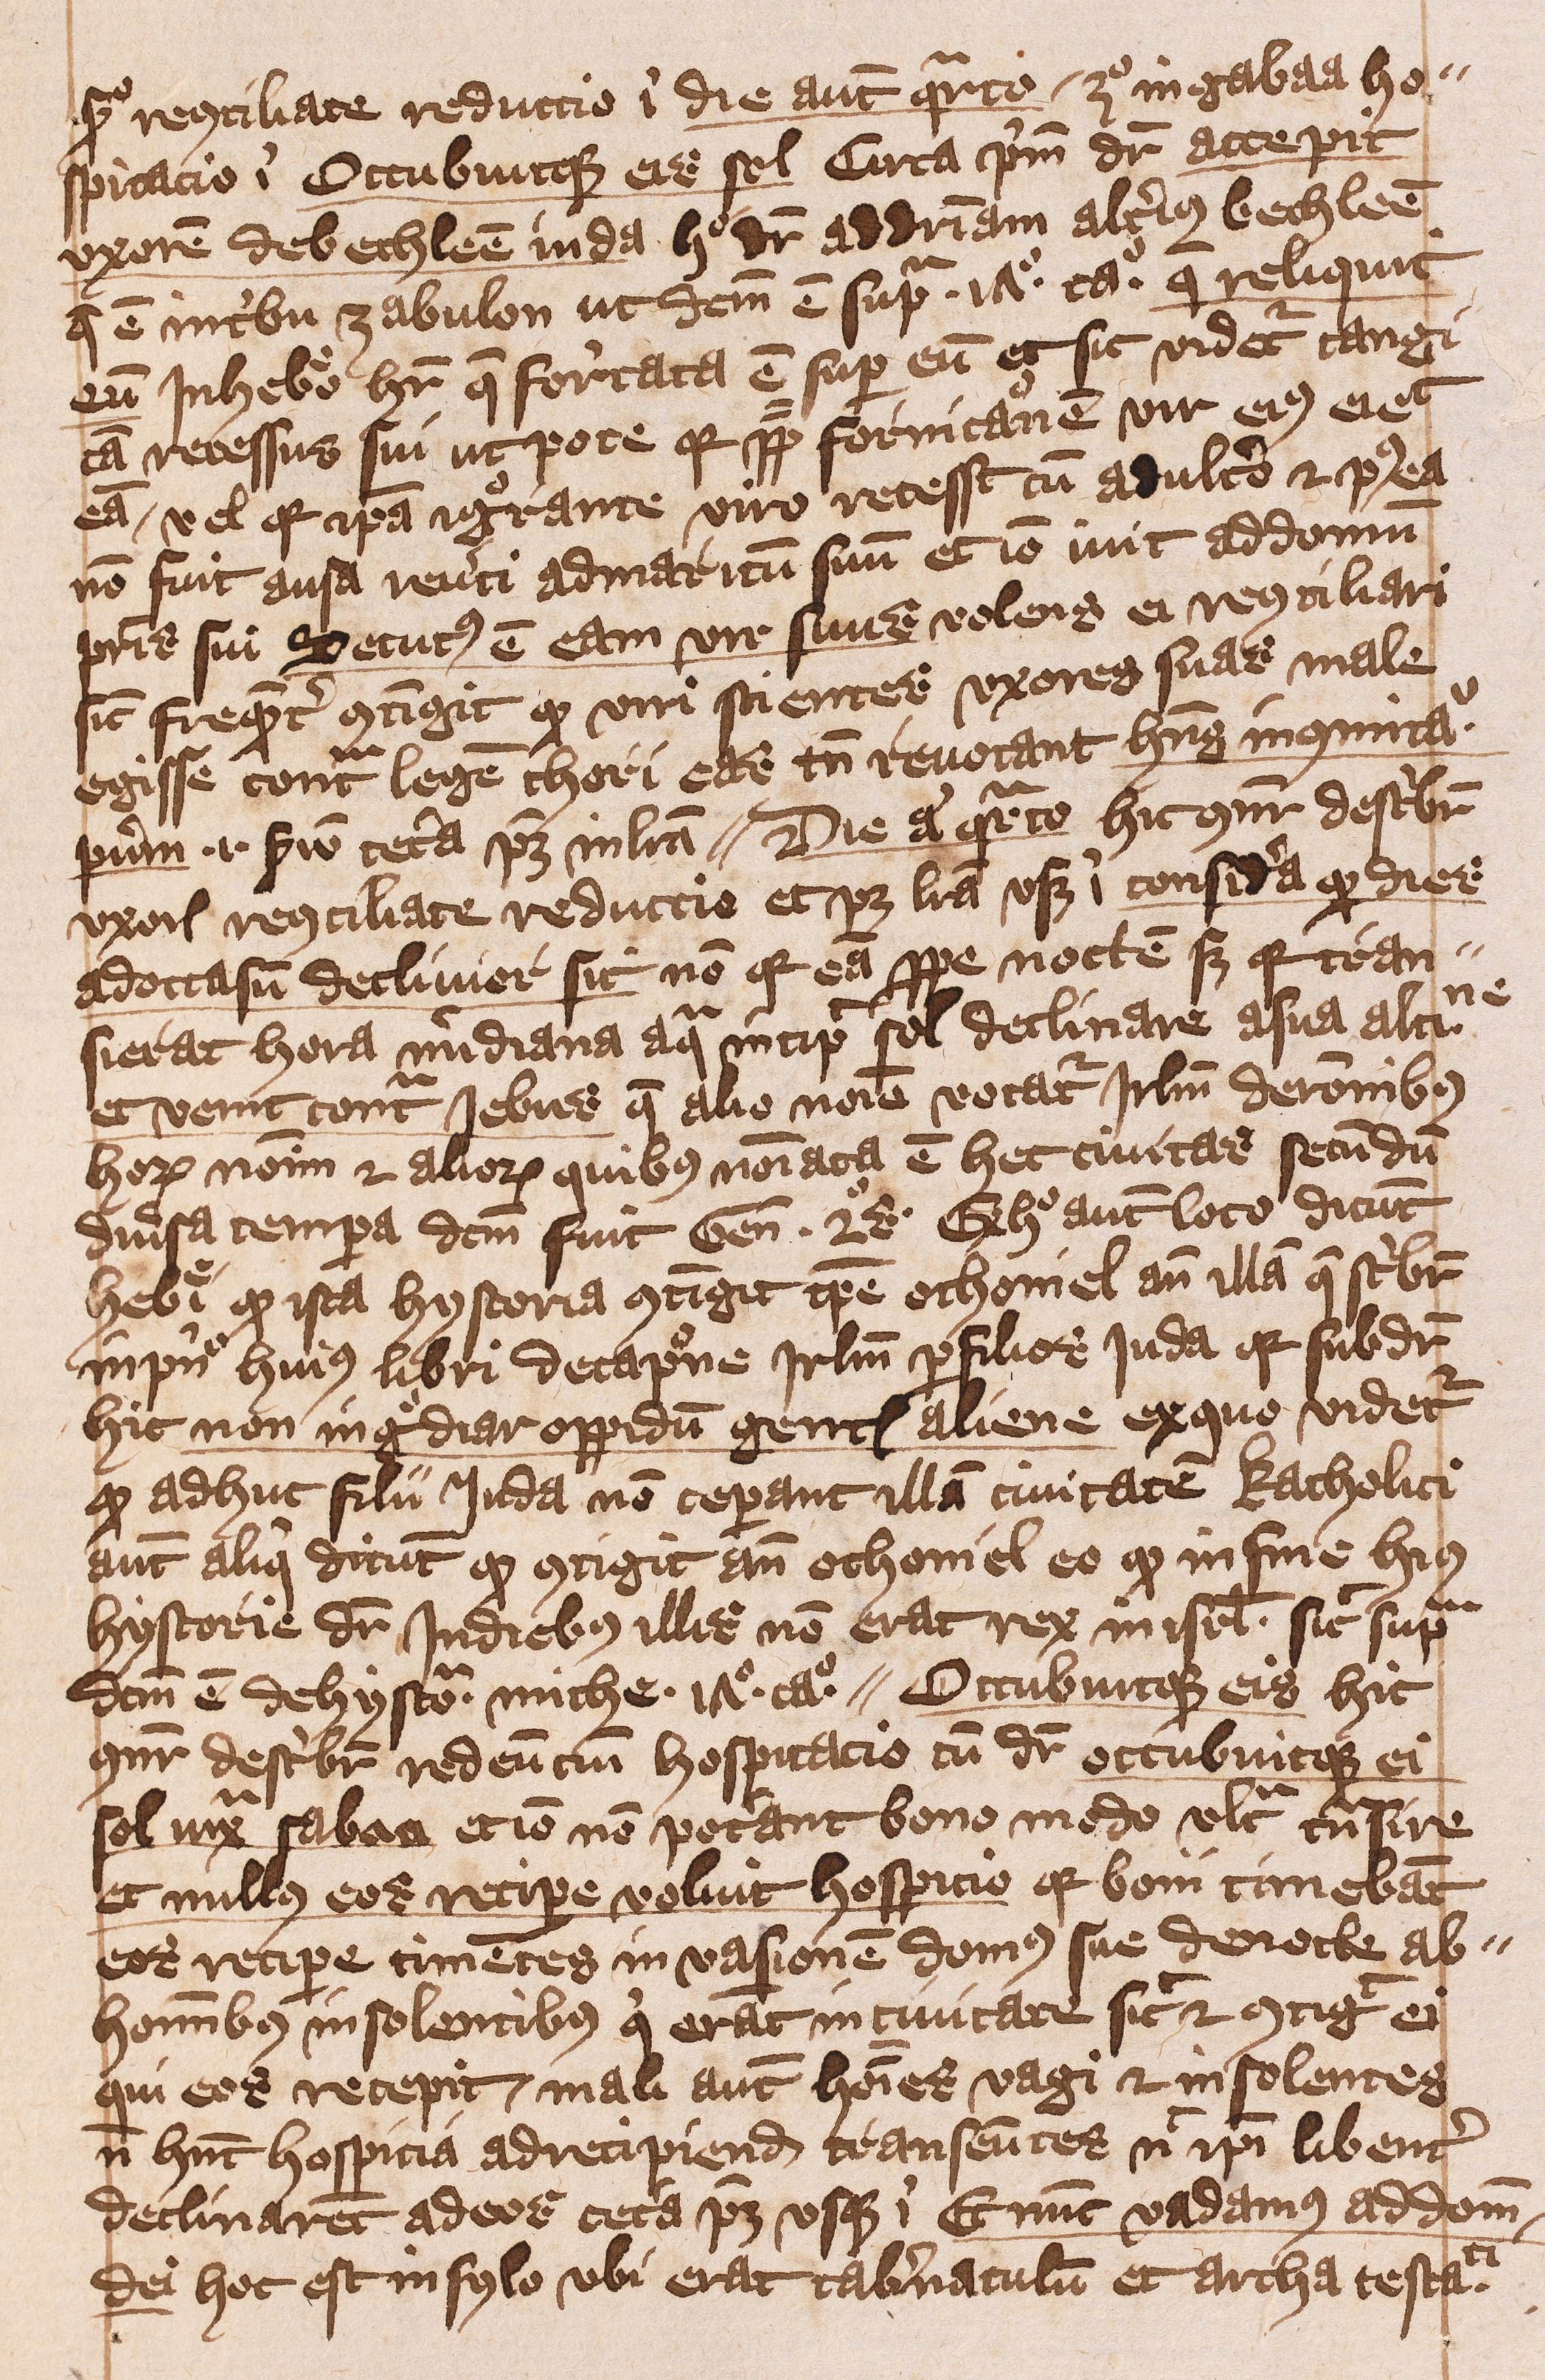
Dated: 1401–1401